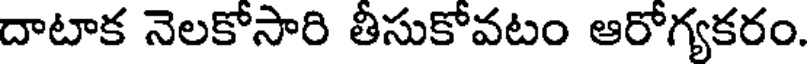
దాటాక నెలకోసారి తీసుకోవటం ఆరోగ్యకరం.